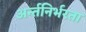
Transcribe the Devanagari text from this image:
अर्न्तनिर्भरता